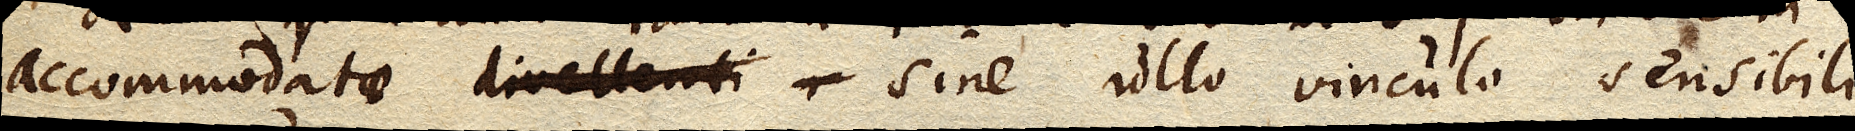
accomodatae sine ullo vinculo sensibili